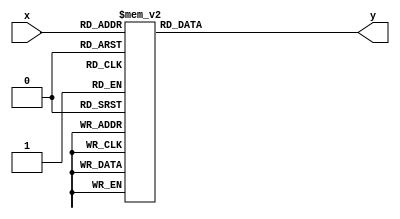
module Second(x,y);
	input [3:0]x;
	output [7:0]y;
	reg [7:0]y;
		always @(x)
			case(x)
				4'b0000:y=8'b11111100;
				4'b0001:y=8'b01100000;
				4'b0010:y=8'b11011010;
				4'b0011:y=8'b11110010;
				4'b0100:y=8'b01100110;
				4'b0101:y=8'b10110110;
				4'b0110:y=8'b10111110;
				4'b0111:y=8'b11100000;
				4'b1000:y=8'b11111110;
				4'b1001:y=8'b11110110;
				/*4'b1010:y=8'b11101110;
				4'b1011:y=8'b00111110;
				4'b1100:y=8'b10011100;
				4'b1101:y=8'b01111010;
				4'b1110:y=8'b10011110;
				4'b1111:y=8'b10001110;*/
				default:y = 8'b00000000;
			endcase
endmodule